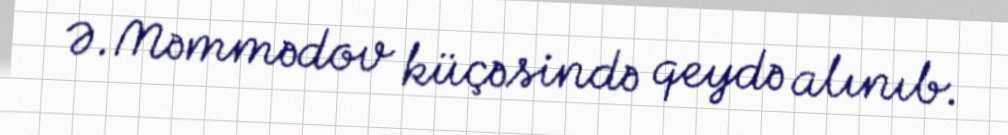
Ə.Məmmədov küçəsində qeydə alınıb.